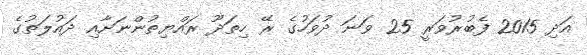
އަދި 2015 ފެބުރުވަރީ 25 ވަނަ ދުވަހުގެ ރޭ ހިތަދޫ ރައްޔިތުންނަށާއި ދައުލަތުގެ